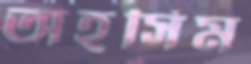
অহসিম